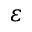
\varepsilon